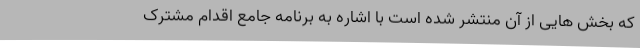
که بخش هایی از آن منتشر شده است با اشاره به برنامه جامع اقدام مشترک